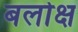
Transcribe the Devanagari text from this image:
बलोक्ष